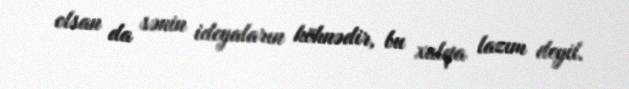
olsan da sənin ideyaların köhnədir, bu xalqa lazım deyil.